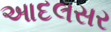
આદલસર